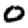
Digit: 0